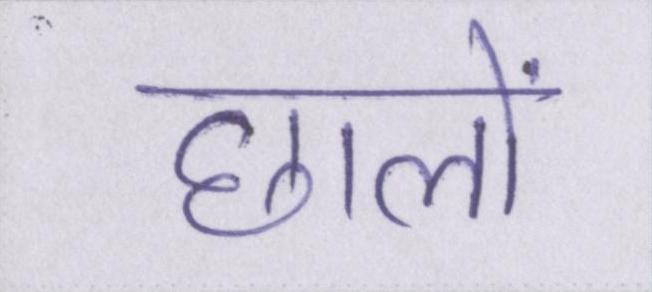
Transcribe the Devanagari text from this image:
छालों